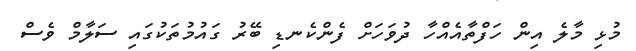
މުޅި މާލެ އިން ހަފްތާއެއްހާ ދުވަހަށް ފެންކެނޑި ބޭރު ގައުމުތަކުގައި ސަލާމް ވެސް